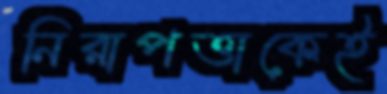
নিরাপত্তাকেই